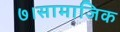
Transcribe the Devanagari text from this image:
७।सामाजिक